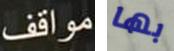
مواقف بها